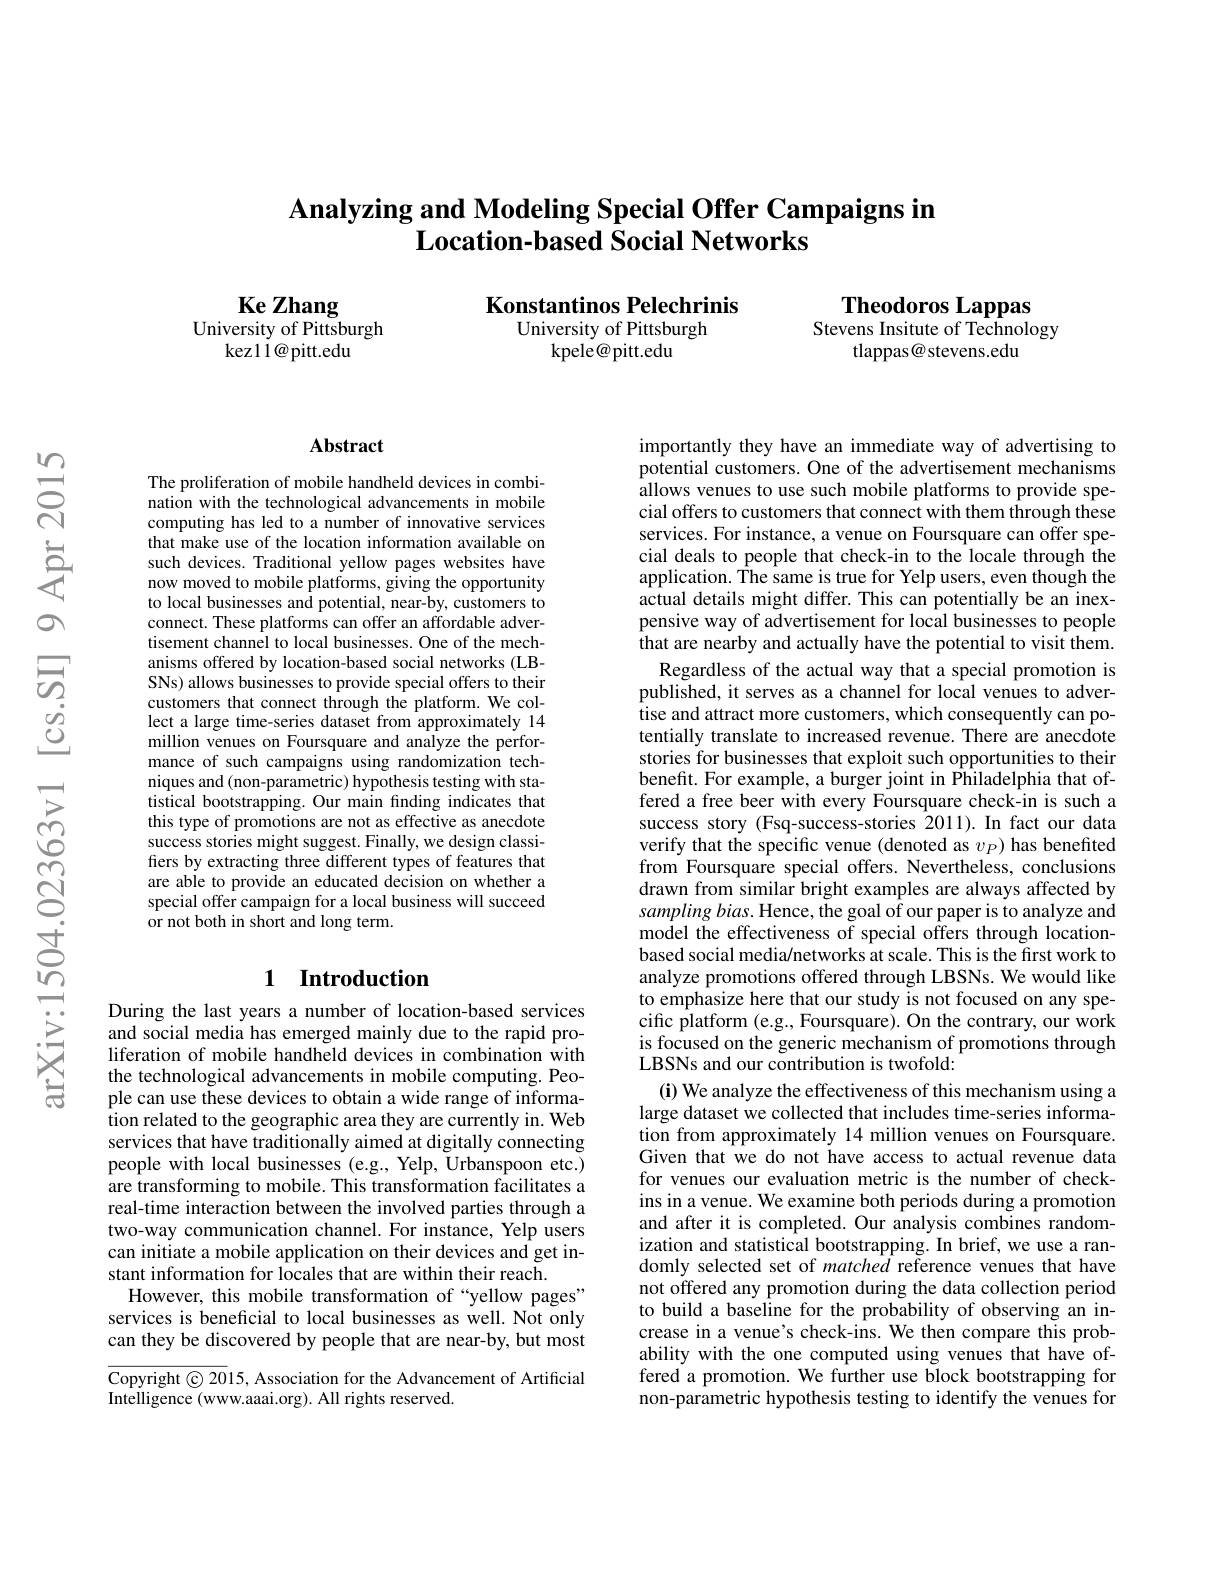
# Analyzing and Modeling Special Offer Campaigns in $\textbf{Location- based Social Networks}$

Theodoros Lappas
Stevens Insitute of Technology
tlappas@ stevens.edu

Konstantinos Pelechrinis
University of Pittsburgh
kpele@pitt.edu

Ke Zhang
University of Pittsburgh
kez11@pitt.edu

### Abstract

The proliferation of mobile handheld devices in combination with the technological advancements in mobile computing has led to a number of innovative services that make use of the location information available on such devices. Traditional yellow pages websites have now moved to mobile platforms, giving the opportunity to local businesses and potential, near-by, customers to connect. These platforms can offer an affordable advertisement channel to local businesses. One of the mechanisms offered by location-based social networks (LBSNs) allows businesses to provide special offers to their customers that connect through the platform. We collect a large time-series dataset from approximately 14 million venues on Foursquare and analyze the performance of such campaigns using randomization techniques and (non-parametric) hypothesis testing with statistical bootstrapping. Our main finding indicates that this type of promotions are not as effective as anecdote success stories might suggest. Finally, we design classifiers by extracting three different types of features that are able to provide an educated decision on whether a special offer campaign for a local business will succeed ${\mathrm{~or~not~both~in~short~and~long~term.}}$

# 1 Introduction

During the last years a number of location-based services and social media has emerged mainly due to the rapid proliferation of mobile handheld devices in combination with the technological advancements in mobile computing. People can use these devices to obtain a wide range of information related to the geographic area they are currently in. Web services that have traditionally aimed at digitally connecting people with local businesses (e.g., Yelp, Urbanspoon etc.) are transforming to mobile. This transformation facilitates a real-time interaction between the involved parties through a two-way communication channel. For instance, Yelp users can initiate a mobile application on their devices and get instant information for locales that are within their reach.
However, this mobile transformation of“yellow pages” services is beneficial to local businesses as well. Not only can they be discovered by people that are near-by, but most

$\overline{\mathrm{Copyright©20}}15$, Association for the Advancement of Artificial
Intelligence (www.aaai.org). All rights reserved.

importantly they have an immediate way of advertising to potential customers. One of the advertisement mechanisms allows venues to use such mobile platforms to provide special offers to customers that connect with them through these services. For instance, a venue on Foursquare can offer special deals to people that check-in to the locale through the application. The same is true for Yelp users, even though the actual details might differ. This can potentially be an inexpensive way of advertisement for local businesses to people that are nearby and actually have the potential to visit them.
Regardless of the actual way that a special promotion is published, it serves as a channel for local venues to adver- $\hat{\text{tise and attract more customers, which consequently can po-}}$ tentially translate to increased revenue. There are anecdote stories for businesses that exploit such opportunities to their benefit. For example, a burger joint in Philadelphia that offered a free beer with every Foursquare check-in is such a success story (Fsq-success-stories 2011).In fact our data verify that the specific venue (denoted as $v_P)$ has benefited from Foursquare special offers. Nevertheless, conclusions drawn from similar bright examples are always affected by $samplingbias.$ Hence, the goal of our paper is to analyze and model the effectiveness of special offers through locationbased social media/networks at scale. This is the first work to analyze promotions offered through LBSNs. We would like to emphasize here that our study is not focused on any specific platform (e.g., Foursquare). On the contrary, our work is focused on the generic mechanism of promotions through LBSNs and our contribution is twofold:
(i) We analyze the effectiveness of this mechanism using a large dataset we collected that includes time-series information from approximately 14 million venues on Foursquare. Given that we do not have access to actual revenue data for venues our evaluation metric is the number of checkins in a venue. We examine both periods during a promotion and after it is completed. Our analysis combines randomization and statistical bootstrapping. In brief, we use a randomly selected set of matched reference venues that have not offered any promotion during the data collection period to build a baseline for the probability of observing an increase in a venue's check-ins. We then compare this probability with the one computed using venues that have offered a promotion. We further use block bootstrapping for non-parametric hypothesis testing to identify the venues for